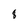
Character: 8